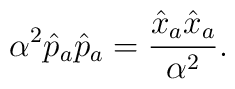
\alpha^{2}\hat{p}_{a}\hat{p}_{a}=\frac{\hat{x}_{a}\hat{x}_{a}}{\alpha^{2}}.